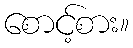
စောင့်စား။